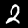
Digit: 2